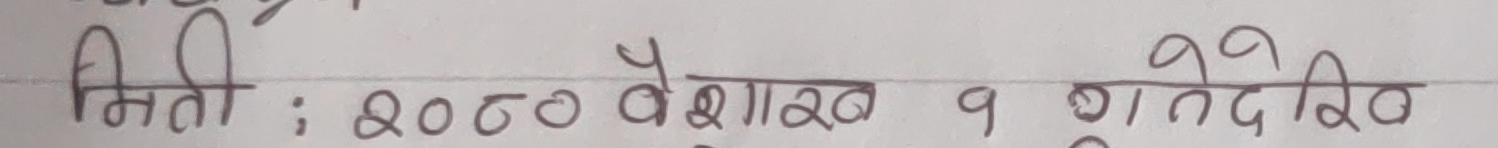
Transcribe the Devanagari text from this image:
मिति : २०८० वैशाख १ गते देखि